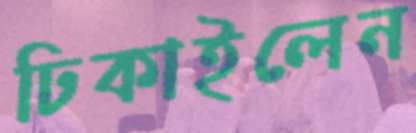
ঢিকাইলেন